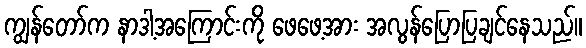
ကျွန်တော်က နာဒါ့အကြောင်းကို ဖေဖေ့အား အလွန်ပြောပြချင်နေသည်။